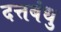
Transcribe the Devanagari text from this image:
दत्तबंधु